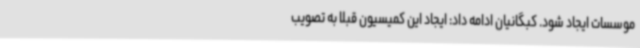
موسسات ایجاد شود. کبگانیان ادامه داد: ایجاد این کمیسیون قبلا به تصویب